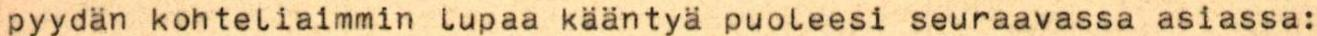
pyydän kohteliaimmin lupaa kääntyä puoleesi seuraavassa asiassa: